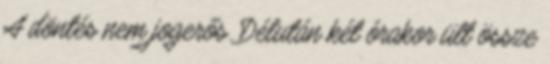
A döntés nem jogerős. Délután két órakor ült össze